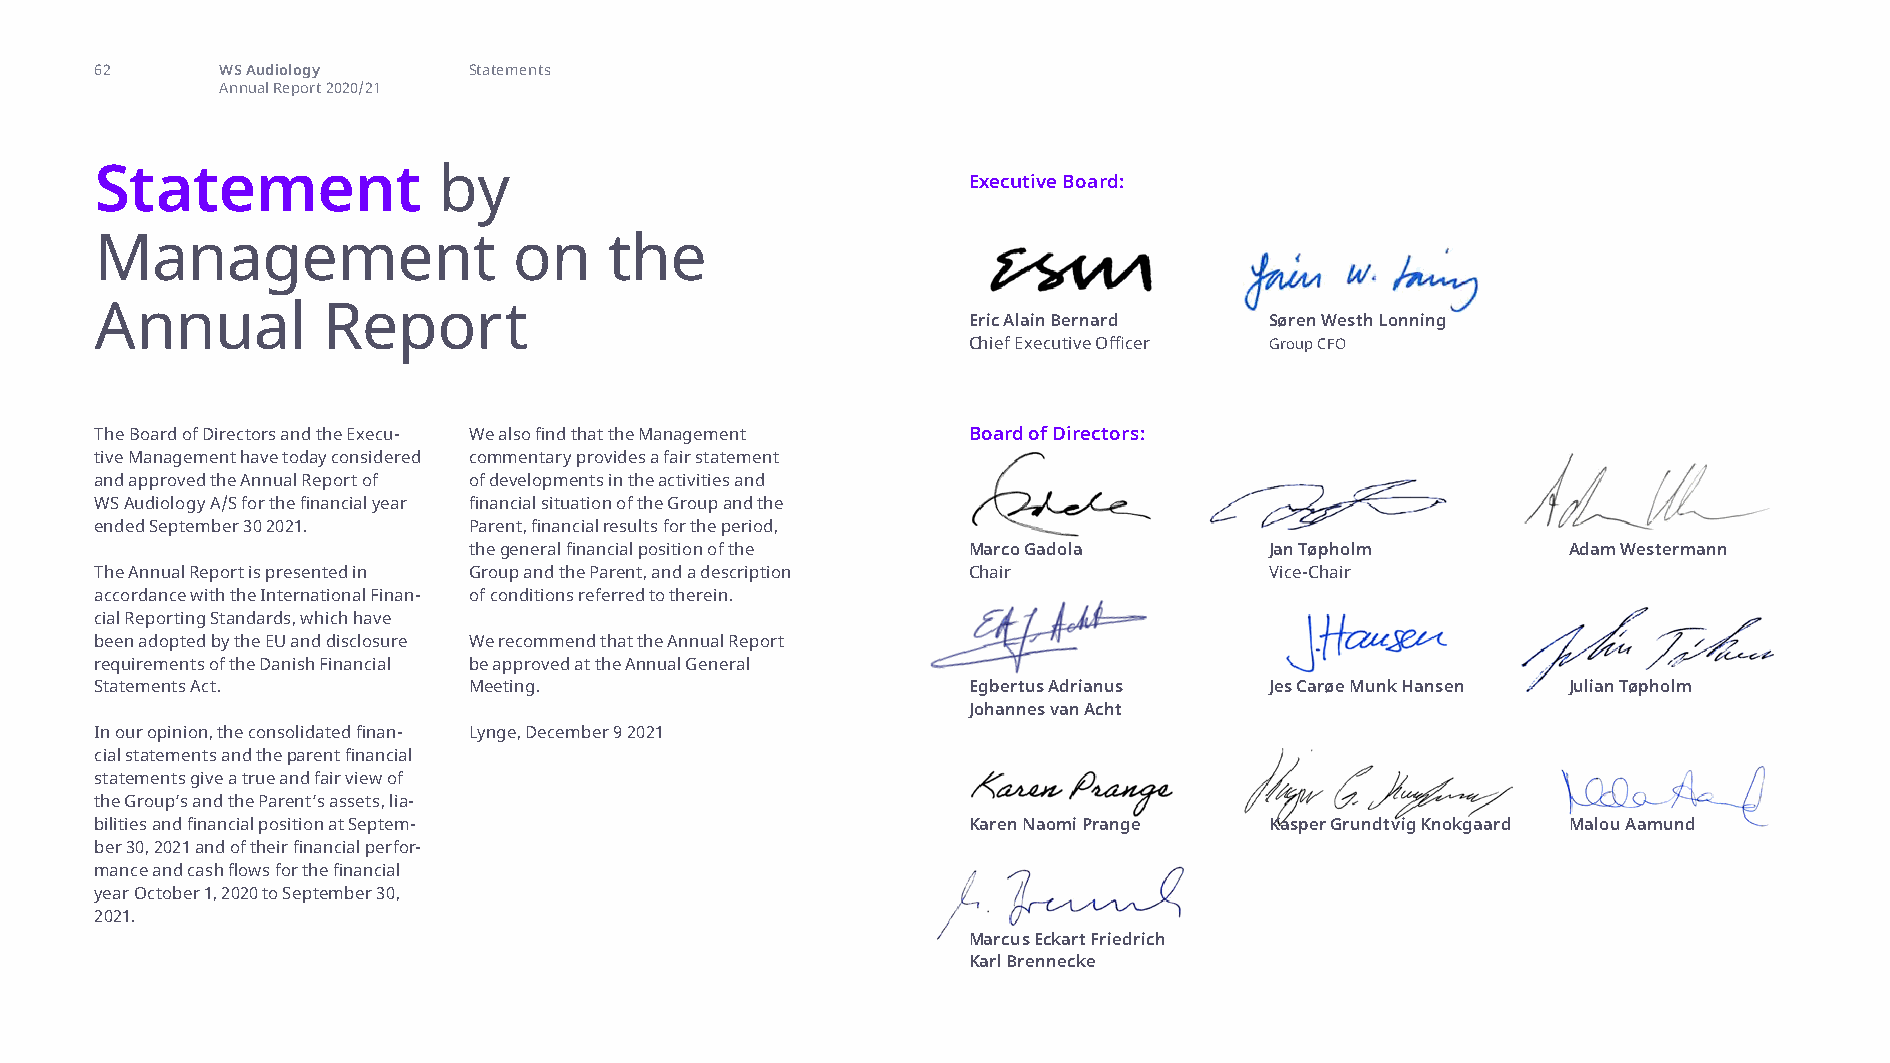
statement by management
 62       WS Audiology    Statements
 Annual Report 2020/21
 Statement              by                                 Executive Board:
 Management                  on    the
 Annual         Report                                     Eric Alain Bernard  Søren Westh Lonning
 Chief Executive Officer Group CFO
 The Board of Directors and the Execu- We also find that the Management Board of Directors:
 tive Management have today considered commentary provides a fair statement
 and approved the Annual Report of of developments in the activities and
 WS Audiology A/S for the financial year financial situation of the Group and the
 ended September 30 2021. Parent, financial results for the period,
 the general financial position of the Marco Gadola   Jan Tøpholm         Adam Westermann
 The Annual Report is presented in Group and the Parent, and a description Chair Vice-Chair
 accordance with the International Finan- of conditions referred to therein.
 cial Reporting Standards, which have
 been adopted by the EU and disclosure We recommend that the Annual Report
 requirements of the Danish Financial be approved at the Annual General
 Statements Act.          Meeting.                         Egbertus Adrianus   Jes Carøe Munk Hansen Julian Tøpholm
 Johannes van Acht
 In our opinion, the consolidated finan- Lynge, December 9 2021
 cial statements and the parent financial
 statements give a true and fair view of
 the Group’s and the Parent’s assets, lia-
 bilities and financial position at Septem-                Karen Naomi Prange  Kasper Grundtvig Knokgaard Malou Aamund
 ber 30, 2021 and of their financial perfor-
 mance and cash flows for the financial
 year October 1, 2020 to September 30,
 2021.
 Marcus Eckart Friedrich
 Karl Brennecke